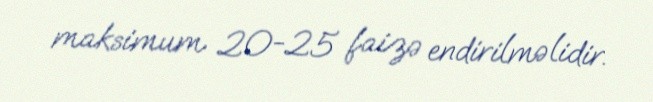
maksimum 20-25 faizə endirilməlidir.